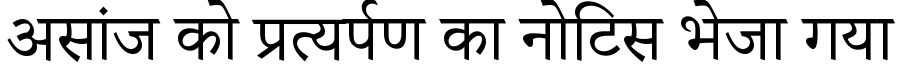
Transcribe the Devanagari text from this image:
असांज को प्रत्यर्पण का नोटिस भेजा गया